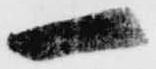
一